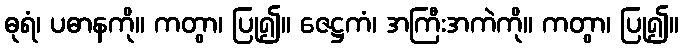
ဓုရံ၊ ပဓာနကို။ ကတွာ၊ ပြု၍။ ဇေဋ္ဌကံ၊ အကြီးအကဲကို။ ကတွာ၊ ပြု၍။